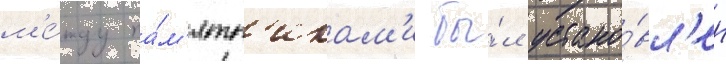
м'е́жду па́м'ятн'икам'и бы́л устано́вл'ен